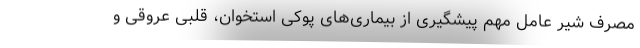
مصرف شیر عامل مهم پیشگیری از بیماری‌های پوکی استخوان، قلبی عروقی و